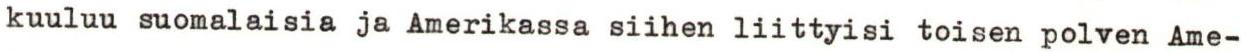
kuuluu suomalaisia ja Amerikassa siihen liittyisi toisen polven Ame-